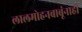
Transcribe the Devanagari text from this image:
लालमोहनबाबूंनाही